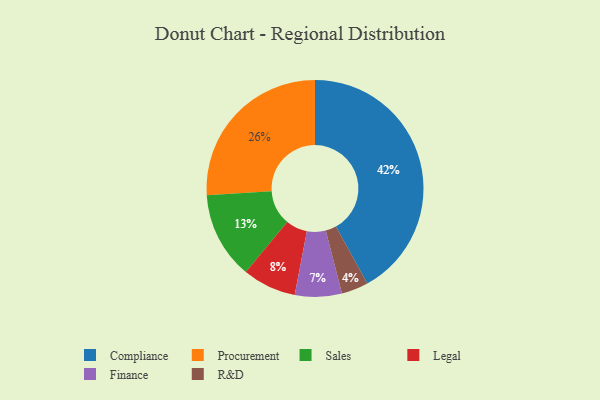
{"axis": {"x": "Category", "y": "Percentage"}, "legend": ["Compliance", "Finance", "Legal", "Procurement", "R&D", "Sales"], "data": [{"x": "Finance", "y": 7, "type": "Finance"}, {"x": "R&D", "y": 4, "type": "R&D"}, {"x": "Procurement", "y": 26, "type": "Procurement"}, {"x": "Legal", "y": 8, "type": "Legal"}, {"x": "Compliance", "y": 42, "type": "Compliance"}, {"x": "Sales", "y": 13, "type": "Sales"}]}